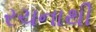
રચનાથી